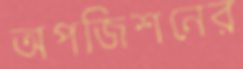
অপজিশনের